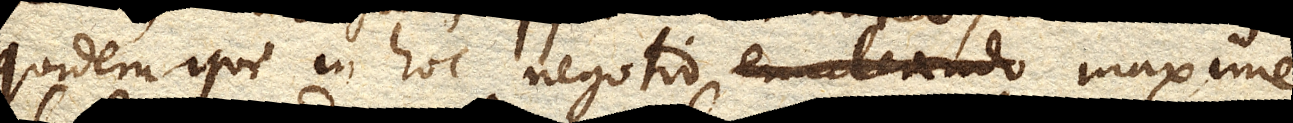
quidem qui in hoc negotio enuntiando maxime